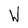
Character: W